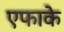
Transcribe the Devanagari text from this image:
एफाके